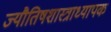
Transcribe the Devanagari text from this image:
ज्यौतिषशास्त्राध्यापक